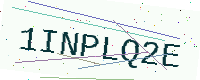
Text: 1INPLQ2E